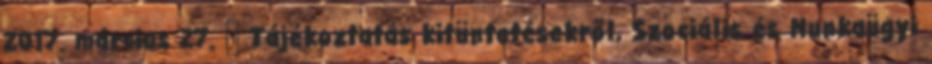
2017. március 27. ↑ Tájékoztatás kitüntetésekről, Szociális és Munkaügyi